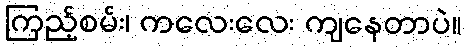
ကြည့်စမ်း၊ ကလေးလေး ကျနေတာပဲ။